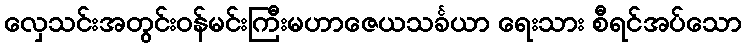
လှေသင်းအတွင်းဝန်မင်းကြီးမဟာဇေယသင်္ခယာ ရေးသား စီရင်အပ်သော